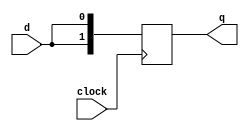
`timescale 1ns / 1ns
//////////////////////////////////////////////////////////////////////////////////
// Company: 
// Engineer: 
// 
// Design Name: 
// Module Name: shift
// Project Name: 
// Target Devices: 
// Tool Versions: 
// Description: 
// 
// Dependencies: 
// 
// Revision:
// Revision 0.01 - File Created
// Additional Comments:
// 
//////////////////////////////////////////////////////////////////////////////////

module shiftA(q,clock,d);
    output [1:0] q;
    input clock,d;
    reg [1:0] q;
    always @(posedge clock)
    begin
    q[0]=d;
    q[1]=q[0];
    end
endmodule


module shiftB(q,clock,d);
    output [1:0] q;
    input clock,d;
    reg [1:0] q;
    always @(posedge clock)
    begin
    q[0]<=d;
    q[1]<=q[0];
    end
endmodule